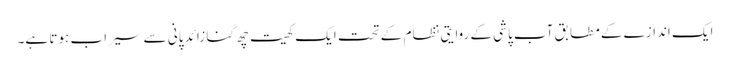
ایک اندازے کے مطابق آب پاشی کے روایتی نظام کے تحت ایک کھیت چھ گنا زائد پانی سے سیراب ہوتا ہے۔